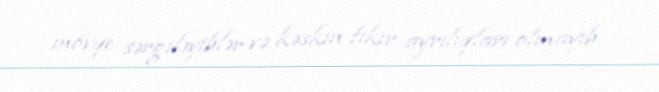
mövqe sərgiləyiblər və kəskin fikir ayrılıqları olmayıb.